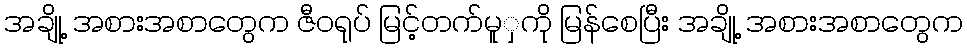
အချို့ အစားအစာတွေက ဇီဝရုပ် မြင့်တက်မူှကို မြန်စေပြီး အချို့ အစားအစာတွေက